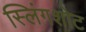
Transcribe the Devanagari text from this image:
स्लिंगशोट